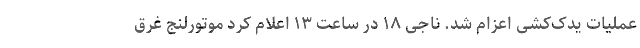
عملیات یدک‌کشی اعزام شد. ناجی ۱۸ در ساعت ۱۳ اعلام کرد موتورلنج غرق